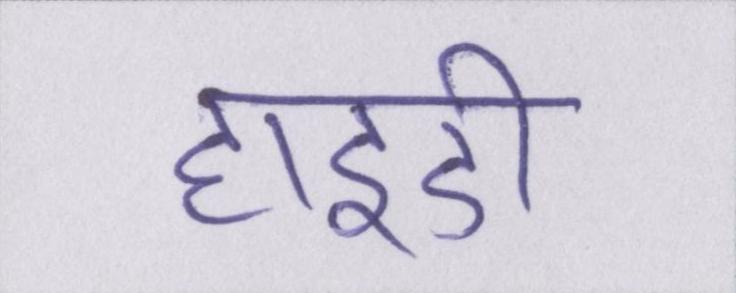
हाइडी